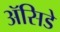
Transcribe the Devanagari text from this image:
ॲसिडे